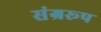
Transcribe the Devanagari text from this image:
संग्ररूप